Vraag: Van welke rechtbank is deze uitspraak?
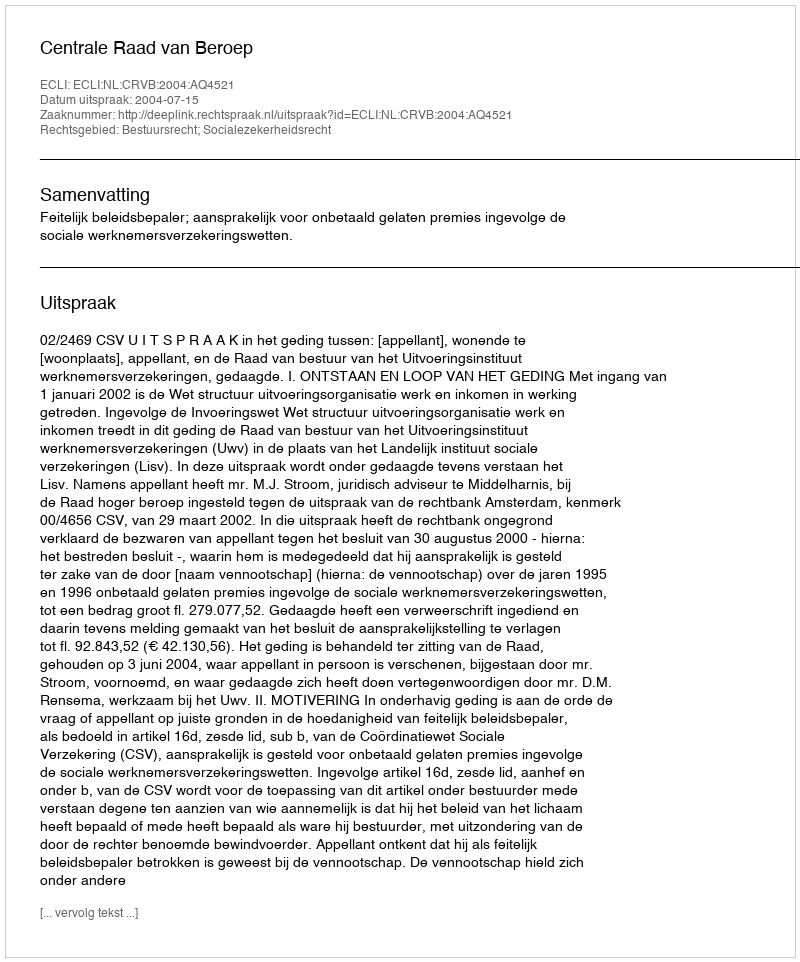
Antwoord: Centrale Raad van Beroep